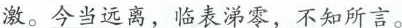
激。\underline{今当远离，临表涕零，不知所言。}